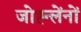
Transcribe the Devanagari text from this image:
जोह्न्लेंनों